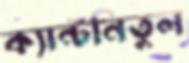
ক্যান্টনিতুল